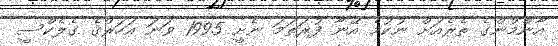
އާންމުންގެ ތެރެއަށް ނުކުމެ އޭނާ ފުރަތަމަ ނެށީ 1995 ވަނަ އަހަރުގެ ގެލެކްސީ